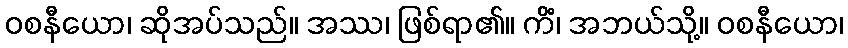
ဝစနီယော၊ ဆိုအပ်သည်။ အဿ၊ ဖြစ်ရာ၏။ ကိံ၊ အဘယ်သို့။ ဝစနီယော၊